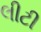
લીટી